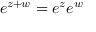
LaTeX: e ^ { z + w } = e ^ { z } e ^ { w }